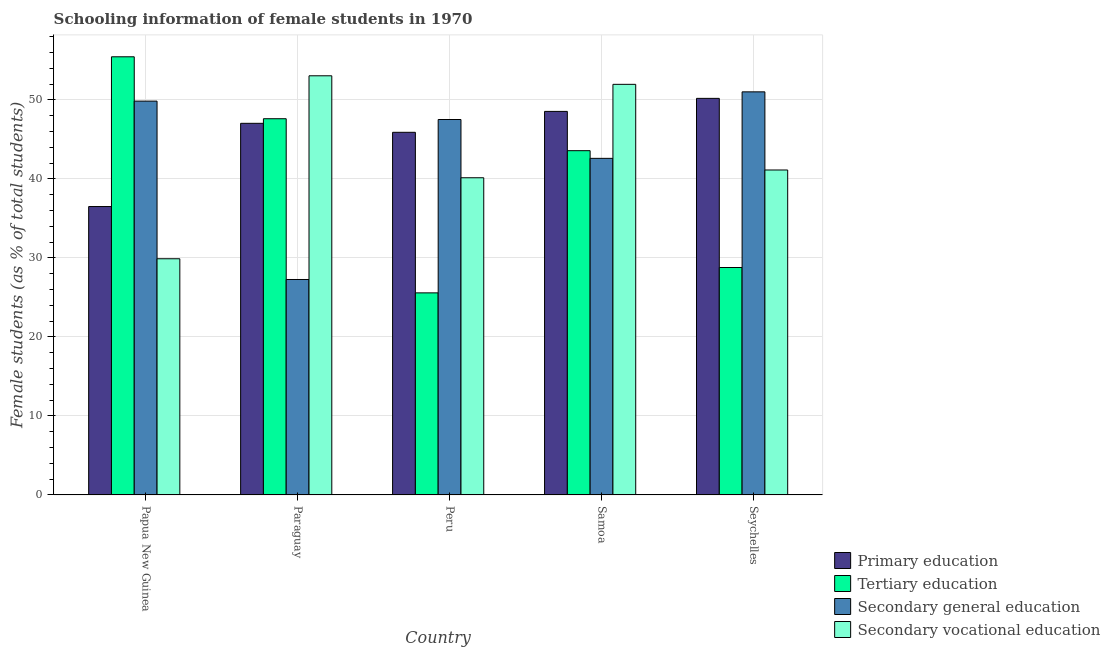
| Country | Primary education | Tertiary education | Secondary general education | Secondary vocational education |
 | --- | --- | --- | --- | --- |
 | Papua New Guinea | 36.5 | 55.4 | 49.8 | 29.9 |
 | Paraguay | 47 | 47.6 | 27.3 | 53 |
 | Peru | 45.9 | 25.6 | 47.5 | 40.1 |
 | Samoa | 48.5 | 43.6 | 42.6 | 52 |
 | Seychelles | 50.2 | 28.8 | 51 | 41.1 |